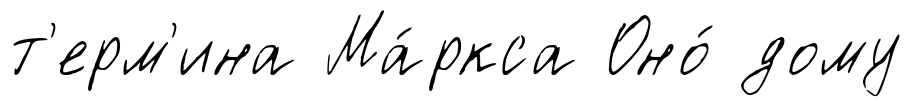
т'ерм'ина Ма́ркса Оно́ дому